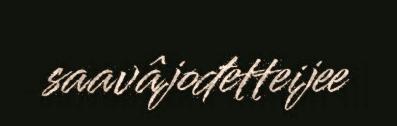
saavâjođetteijee